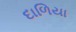
દાળિયા